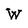
Character: W